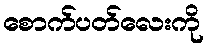
စောက်ပတ်လေးကို